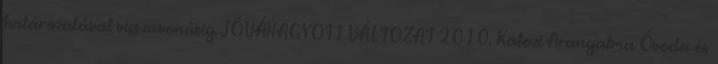
határozatával visszavonásig. JÓVÁHAGYOTT VÁLTOZAT 2010. Kálozi Aranyalma Óvoda és